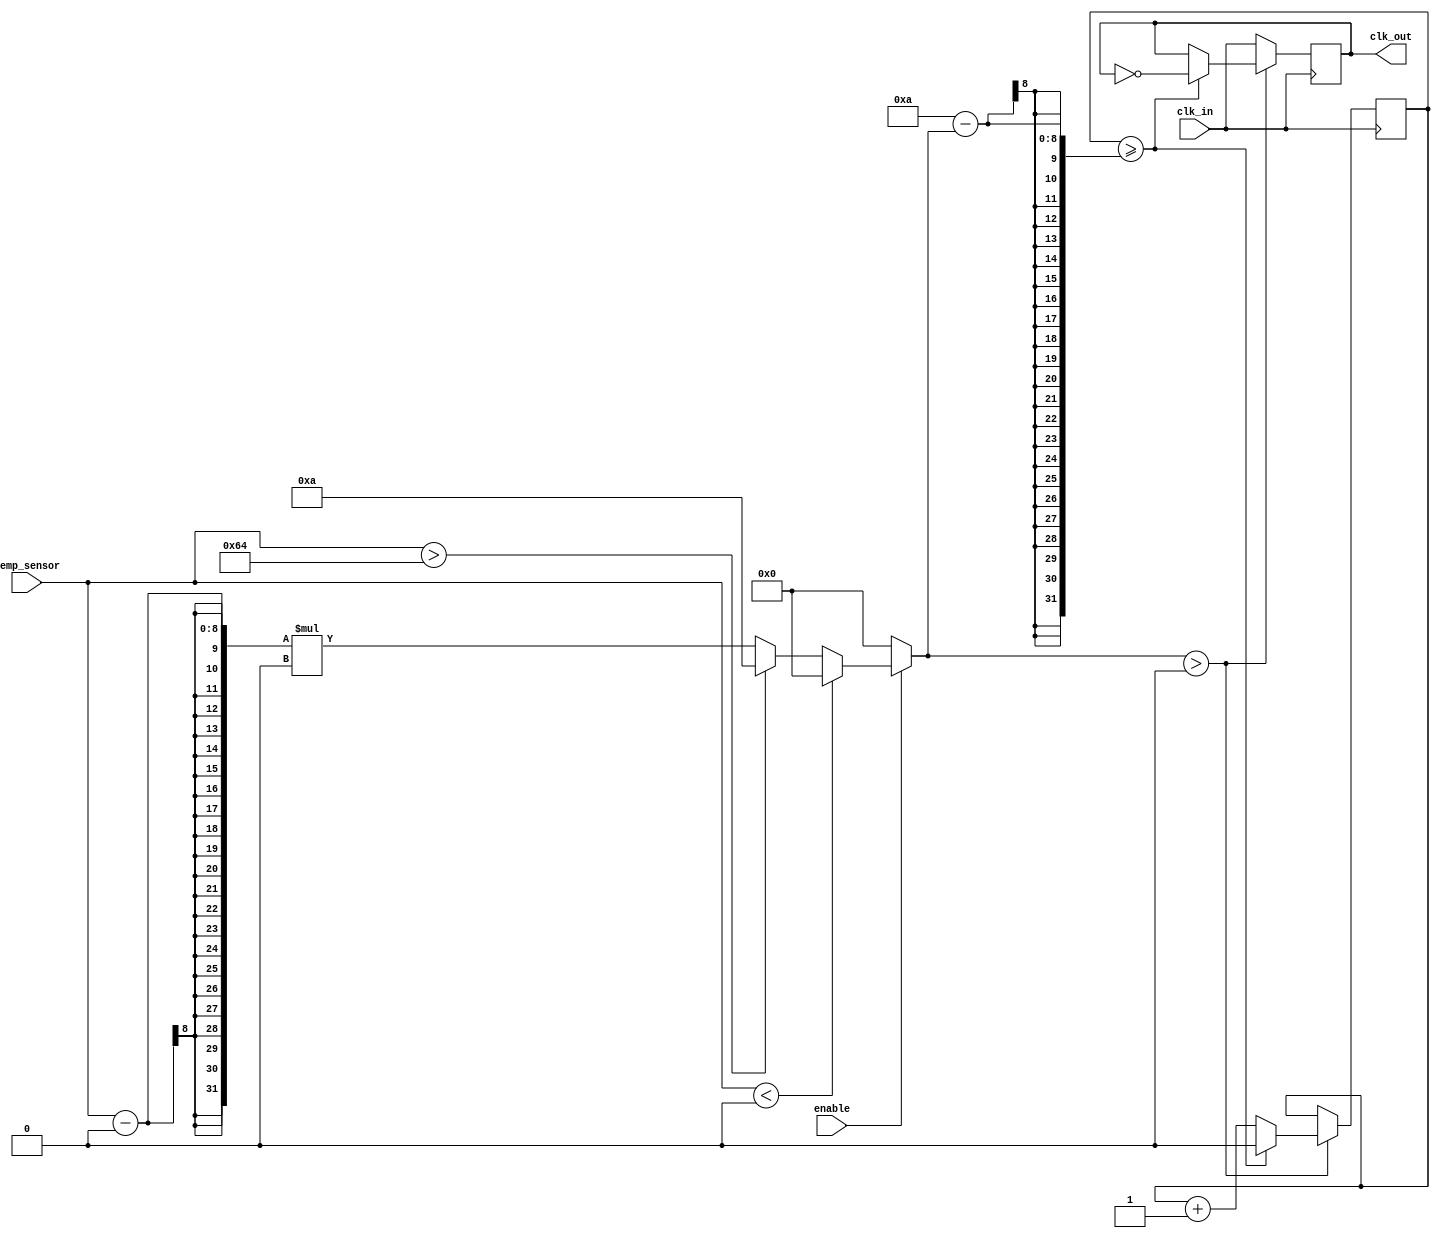
module TempCompensatedClockBuffer (
    input wire clk_in,            // Input clock signal
    input wire [7:0] temp_sensor, // Temperature sensor output (e.g., an 8-bit ADC value)
    input wire enable,            // Control signal to enable/disable compensation
    output reg clk_out            // Output clock signal
);

// Parameters for temperature compensation (these are illustrative)
parameter TEMP_MIN = 8'd0;   // Minimum temperature value for compensation
parameter TEMP_MAX = 8'd100;  // Maximum temperature value for compensation
parameter CLK_BASE_FREQ = 500; // Base clock frequency (in MHz)
parameter COMP_FACTOR_MAX = 10; // Maximum compensation factor

// Internal variables
reg [7:0] temp_compensation;  // Compensation value based on temperature
reg clk_div;                  // Clock divider for generating compensated clock signal

// Compensation logic
always @(*) begin
    if (enable) begin
        // Simple linear mapping for example purposes
        if (temp_sensor < TEMP_MIN)
            temp_compensation = 8'd0; 
        else if (temp_sensor > TEMP_MAX)
            temp_compensation = COMP_FACTOR_MAX;
        else
            temp_compensation = (temp_sensor - TEMP_MIN) * (COMP_FACTOR_MAX / (TEMP_MAX - TEMP_MIN));
    end else begin
        temp_compensation = 8'd0; // No compensation if not enabled
    end
end

// Clock generation logic
always @(posedge clk_in) begin
    if (temp_compensation > 0) begin
        // Apply simple clock division based on the compensation factor
        clk_div <= clk_div + 1;
        if (clk_div >= (COMP_FACTOR_MAX - temp_compensation)) begin
            clk_out <= ~clk_out; // Toggle the output clock
            clk_div <= 0; // Reset divider
        end
    end else begin
        clk_out <= clk_in; // Pass the input clock to output directly
    end
end

endmodule